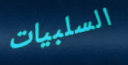
السلبيات